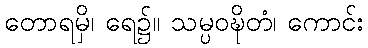
တောရမှိ၊ ရေ၌။ သမ္ပဝဍ္ဎိတံ၊ ကောင်း